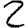
Digit: 2